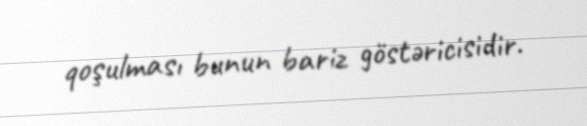
qoşulması bunun bariz göstəricisidir.